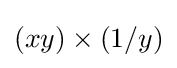
(xy)\times (1/y)